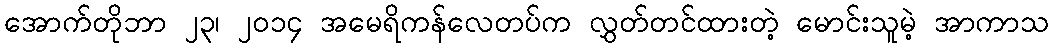
အောက်တိုဘာ ၂၃၊ ၂၀၁၄ အမေရိကန်လေတပ်က လွှတ်တင်ထားတဲ့ မောင်းသူမဲ့ အာကာသ